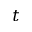
t